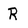
Character: R